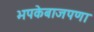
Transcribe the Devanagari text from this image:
भपकेबाजपणा